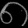
Digit: ၈